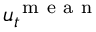
u _ { t } ^ { \mathrm { ~ m ~ e ~ a ~ n ~ } }